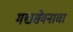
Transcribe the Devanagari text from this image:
मद्यसेवनाचा